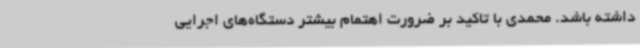
داشته باشد. محمدی با تاکید بر ضرورت اهتمام بیشتر دستگاه‌های اجرایی